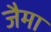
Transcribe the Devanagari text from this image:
जैमा